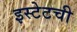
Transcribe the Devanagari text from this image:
इस्टेटची